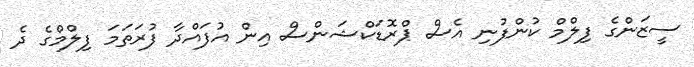
ސީޒަންގެ ފިލްމް ކުންފުނި އެސް ޕްރޮޑަކްޝަންސް އިން އުފައްދާ ފުރަތަމަ ފިލްމްގެ ދެ